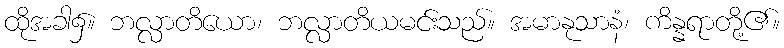
ထိုအခါ၌။ ဘလ္လာတိယော၊ ဘလ္လာတိယမင်းသည်။ အမာနုသာနံ၊ ကိန္နရာတို့၏။